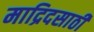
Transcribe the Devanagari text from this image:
माद्रिदसाठी